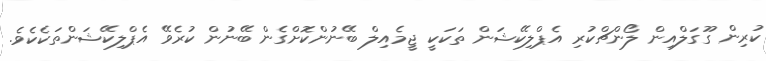
ކުރިން ގޫގަލްއިން ލޯންޗްކުރި އެޕްލިކޭޝަން ތަކަކީ ޖީމެއިލް ބޭނުންކޮށްގެން ބޭނުން ކުރެވޭ އެޕްލިކޭޝަންތަކެކެވެ.